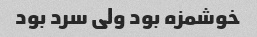
خوشمزه بود ولی سرد بود